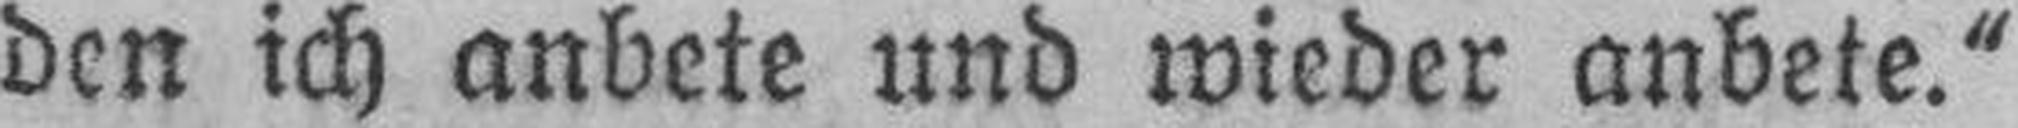
den ich anbete und wieder anbete.“